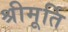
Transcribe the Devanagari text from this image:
श्रीमूर्ति